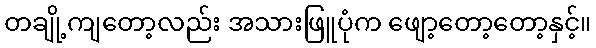
တချို့ကျတော့လည်း အသားဖြူပုံက ဖျော့တော့တော့နှင့်။